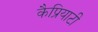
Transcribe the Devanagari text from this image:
कैप्रियाटी